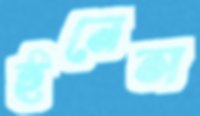
ইনেস